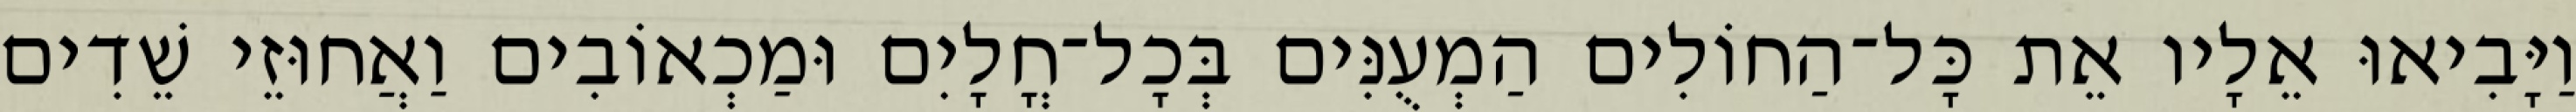
וַיָּבִיאוּ אֵלָיו אֵת כָּל־הַחוֹלִים הַמְעֻנִּים בְּכָל־חֳלָיִם וּמַכְאוֹבִים וַאֲחוּזֵי שֵׁדִים